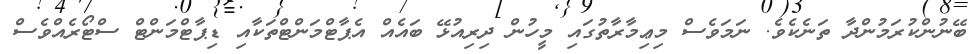
ބޭނުންކުރަމުންދާ ތަނެކެވެ. ނަމަވެސް މިޢިމާރާތުގައި މީހުން ދިރިއުޅޭ ބައެއް އެޕާޓްމަންޓްތަކާއި ޑިޕާޓްމަންޓް ސްޓޯރެއްވެސް